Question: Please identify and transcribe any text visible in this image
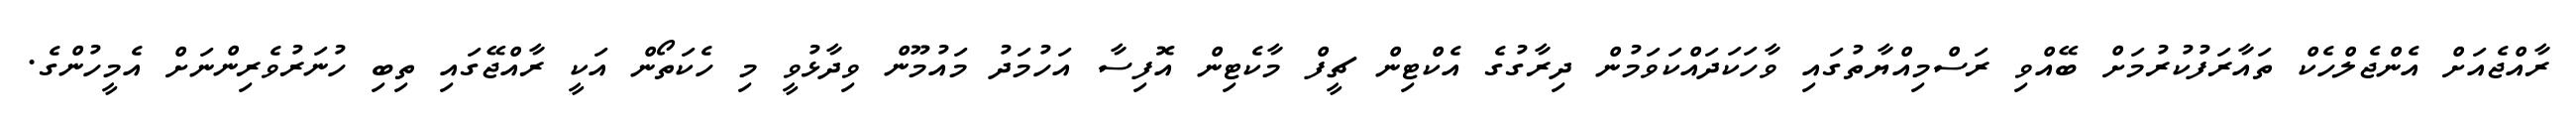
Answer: ރާއްޖެއަށް އެންޖެލްހެކް ތައާރަފުކުރުމަށް ބޭއްވި ރަސްމިއްޔާތުގައި ވާހަކަދައްކަވަމުން ދިރާގުގެ އެކްޓިން ޗީފް މާކެޓިން އޮފިސާ އަހުމަދު މައުމޫން ވިދާޅުވީ މި ހެކަތޯން އަކީ ރާއްޖޭގައި ތިބި ހުނަރުވެރިންނަށް އެމީހުންގެ.